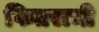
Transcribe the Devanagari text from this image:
फितराची